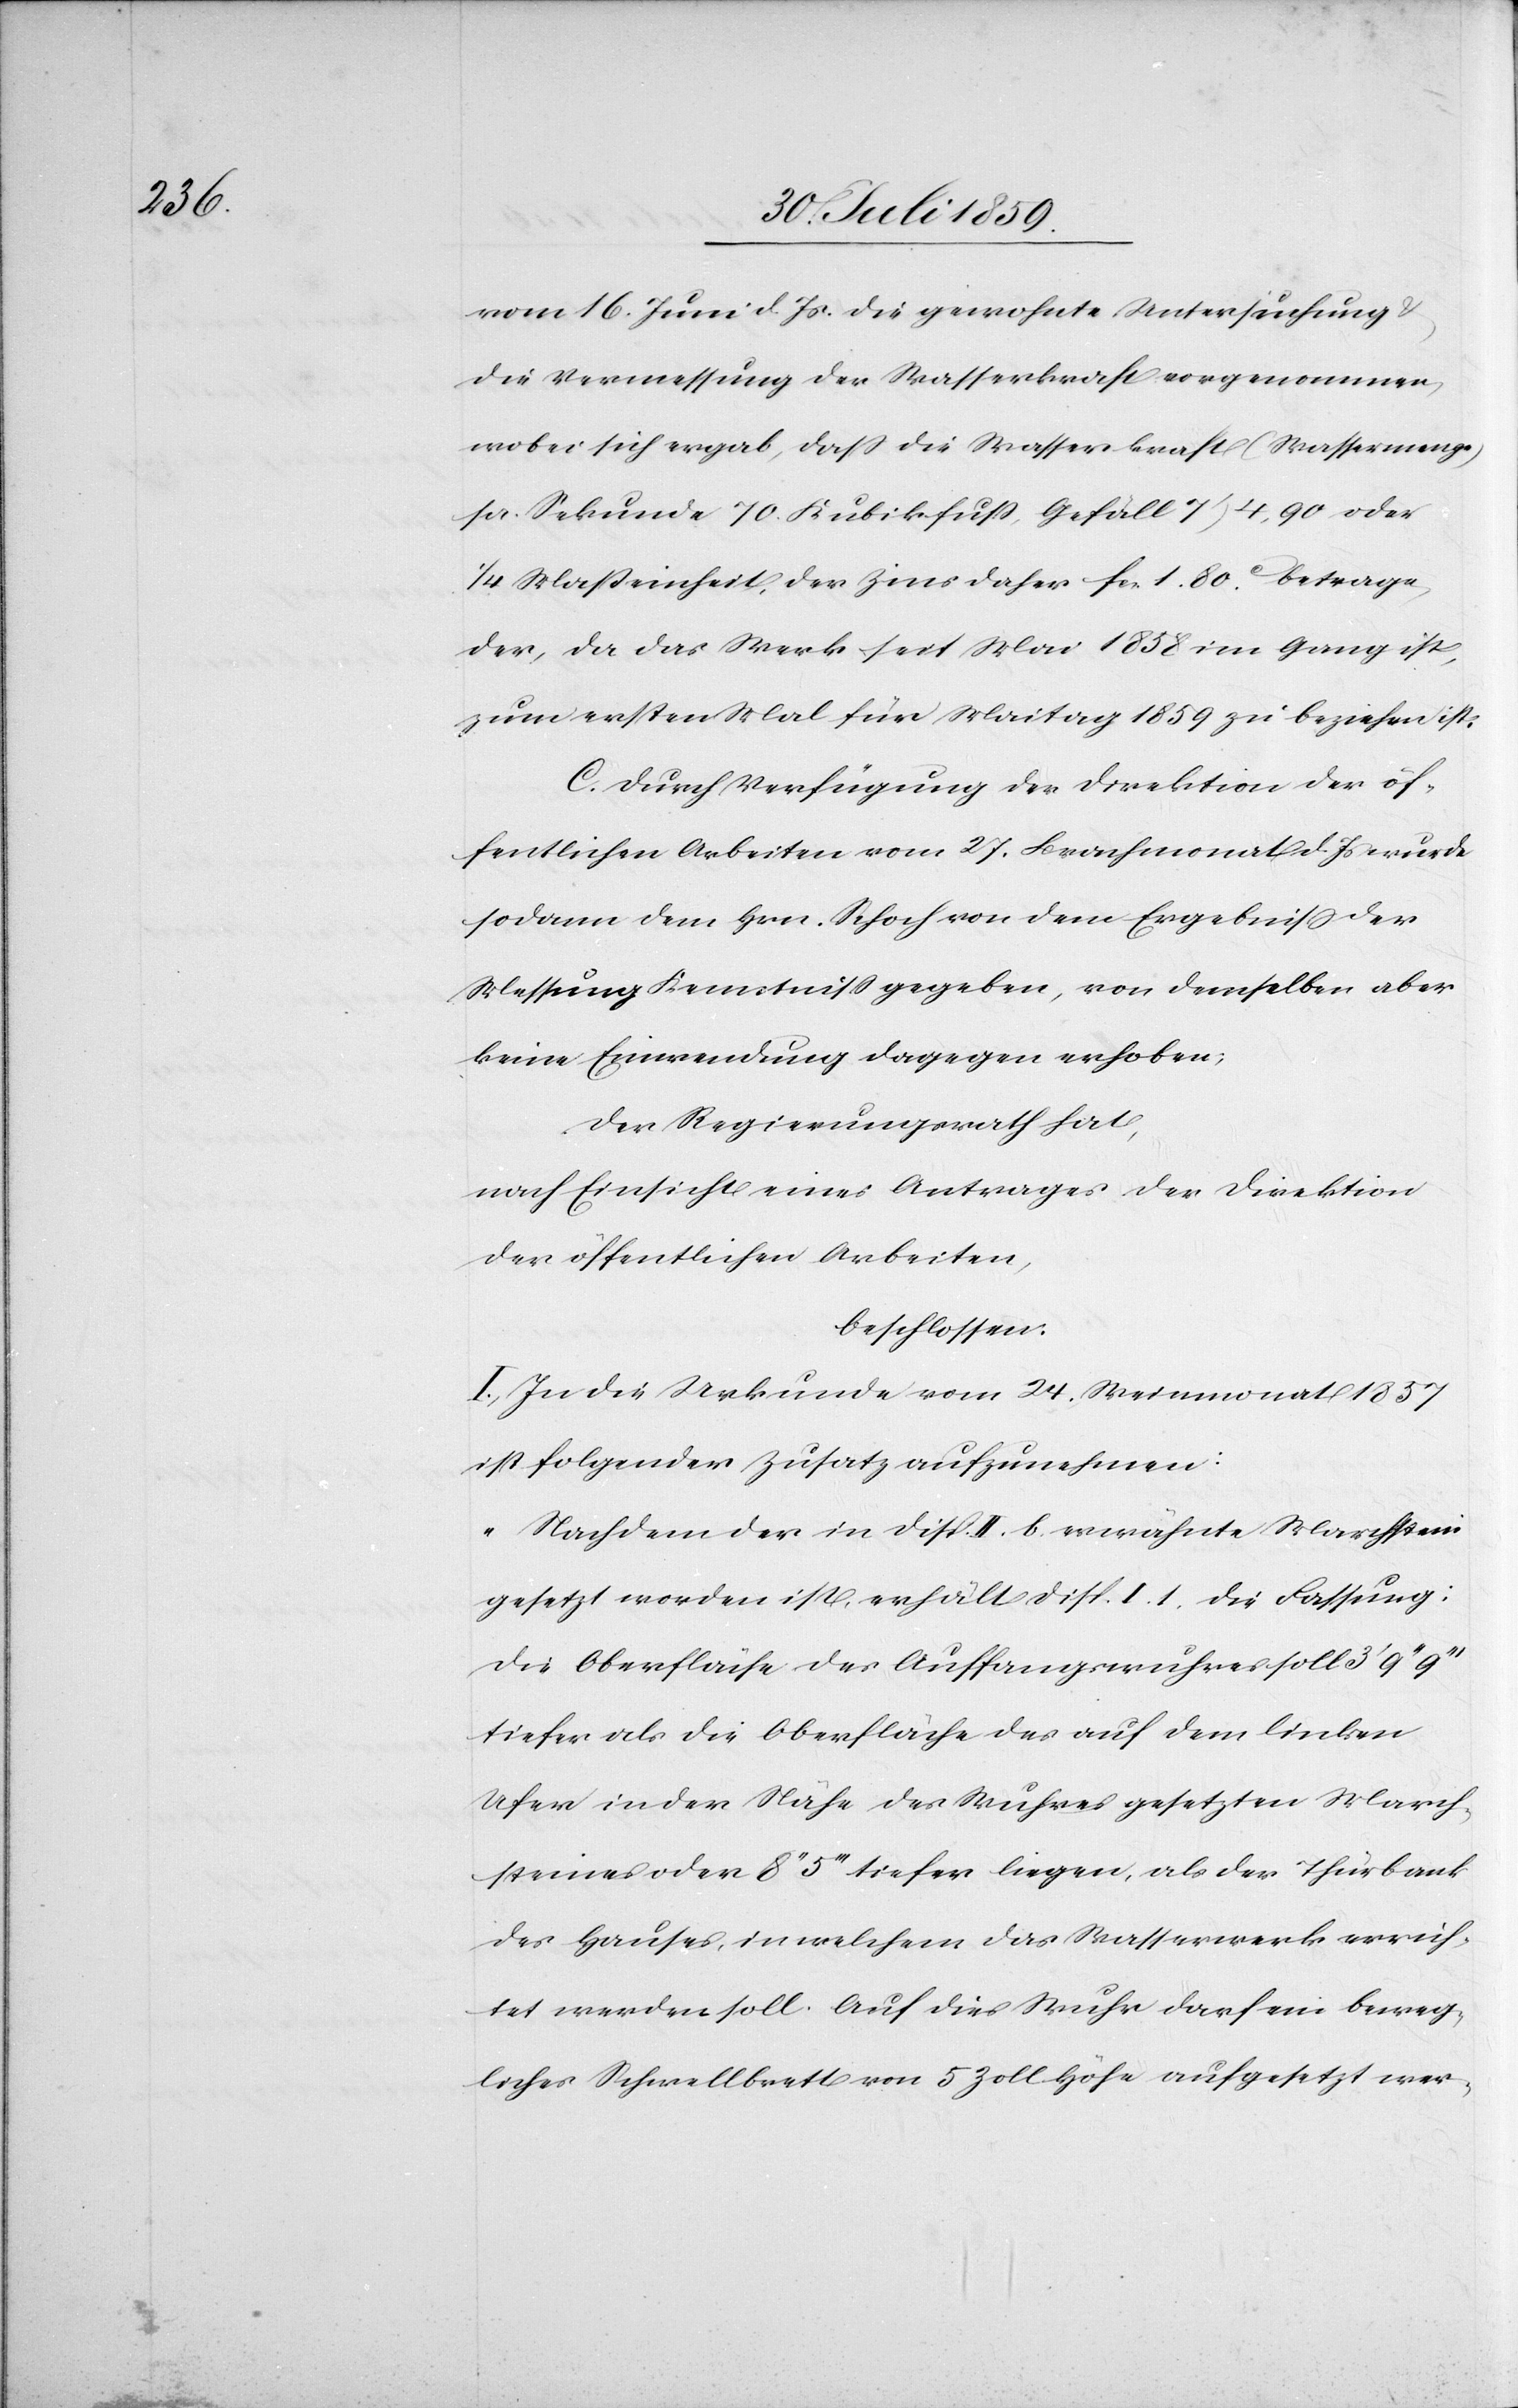
vom 16. Juni d. Js. die gewohnte Untersuchung
die Vermessung der Wasserkraft vorgenommen,
wobei sich ergab, daß die Wasserkraft (Wassermenge)
pr. Sekunde 70. Kubikfuß, Gefäll 7’ 4,90 oder
1/4 Maßeinheit, der Zins daher fcs. 1. 80c. betrage
der, da das Werk seit Mai 1858 im Gang ist,
zum ersten Mal für Maitag 1859 zu beziehen ist.
C. Durch Verfügung der Direktion der öf¬
fentlichen Arbeiten vom 27. Brachmonat d. Js. wurde
sodann dem Hrn. Schoch von dem Ergebniß der
Messung Kenntniß gegeben, von demselben aber
keine Einwendung dagegen erhoben;
Der Regierungsrath hat,
nach Einsicht eines Antrages der Direktion
der öffentlichen Arbeiten,
beschlossen:
I. In die Urkunde vom 24. Weinmonat 1857
ist folgender Zusatz aufzunehmen:
„Nachdem der in Disp. II. b. erwähnte Marchstein
gesetzt worden ist, erhält Disp. I. 1. die Fassung:
Die Oberfläche des Auffangwuhres soll 3’9’’9’’’
Ufer in der Nähe des Wuhres gesetzten March¬
steines oder 8’’ 5’’’ tiefer liegen, als der Thürbank
des Hauses, in welchem das Wasserwerk errich¬
tet werden soll. Auf dies Wuhr darf ein beweg¬
liches Schwellbrett von 5 Zoll Höhe aufgesetzt wer-